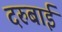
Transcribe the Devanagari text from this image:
दरुबाई